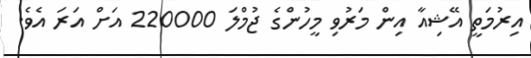
އިރުމަތީ އޭޝިއާ އިން މަރުވި މީހުންގެ ޖުމްލަ 220000 އަށް އަރަ އެވެ.